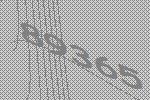
89365